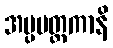
အပ္ပမတ္တကာနိ